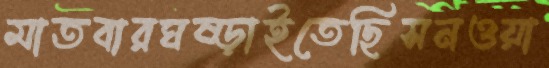
মাতবারঘষ্‌ড়াইতেছিসনওয়া